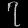
Digit: ၇